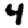
Digit: 4